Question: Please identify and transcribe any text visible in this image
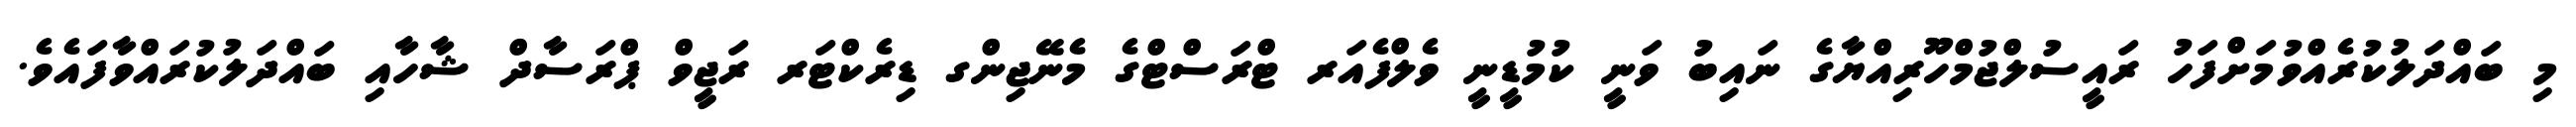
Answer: މި ބައްދަލުކުރެއްވުމަށްފަހު ރައީސުލްޖުމްހޫރިއްޔާގެ ނައިބު ވަނީ ކުމުޑީނީ ވެލްފެއަރ ޓްރަސްޓްގެ މެނޭޖިންގ ޑިރެކްޓަރ ރަޖީވް ޕްރަސާދް ޝާހާއި ބައްދަލުކުރައްވާފައެވެ.